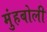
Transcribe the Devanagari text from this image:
मुंहबोली